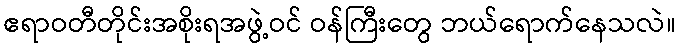
ဧရာဝတီတိုင်းအစိုးရအဖွဲ့ဝင် ဝန်ကြီးတွေ ဘယ်ရောက်နေသလဲ။